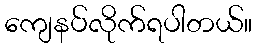
ကျေနပ်လိုက်ရပါတယ်။